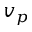
v _ { p }